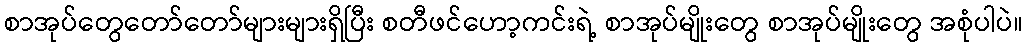
စာအုပ်တွေတော်တော်များများရှိပြီး စတီဖင်ဟော့ကင်းရဲ့ စာအုပ်မျိုးတွေ စာအုပ်မျိုးတွေ အစုံပါပဲ။